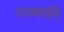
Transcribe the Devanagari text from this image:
रानबाईने